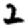
Digit: 2